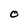
Character: O